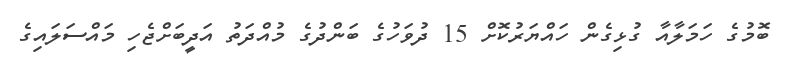
ބޮމުގެ ހަމަލާއާ ގުޅިގެން ހައްޔަރުކޮށް 15 ދުވަހުގެ ބަންދުގެ މުއްދަތު އަދީބަށްޖެހި މައްސަލައިގެ